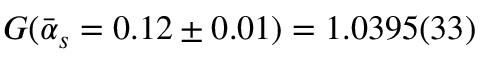
G ( \bar { \alpha } _ { s } = 0 . 1 2 \pm 0 . 0 1 ) = 1 . 0 3 9 5 ( 3 3 )